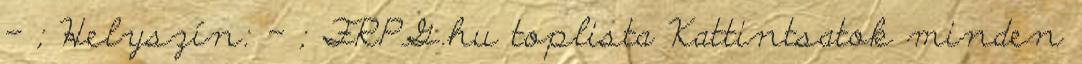
- ; Helyszín: - ; FRPG.hu toplista Kattintsatok minden